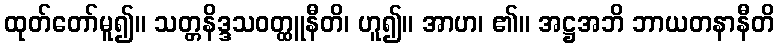
ထုတ်တော်မူ၍။ သတ္တနိဒ္ဒသဝတ္ထူနီတိ၊ ဟူ၍။ အာဟ၊ ၏။ အဋ္ဌအဘိ ဘာယတနာနီတိ